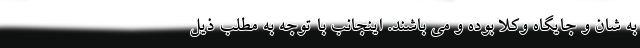
به شان و جایگاه وکلا بوده و می باشند. اینجانب با توجه به مطلب ذیل